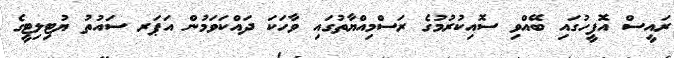
ރައީސް އޮފީހުގައި ބޭއްވި ސޮއިކުރުމުގެ ރަސްމިއްޔާތުގައި ވާހަކަ ދައްކަވަމުން އަޕަރ ސައުތު ޔުޓިލިޓީގެ